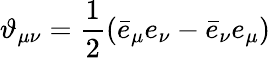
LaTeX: \vartheta_{\mu\nu}=\frac{1}{2}\left(\bar{e}_{\mu}e_{\nu}-\bar{e}_{\nu}e_{\mu}\right)